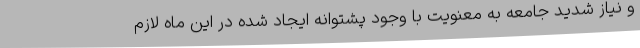
و نیاز شدید جامعه به معنویت با وجود پشتوانه ایجاد شده در این ماه لازم